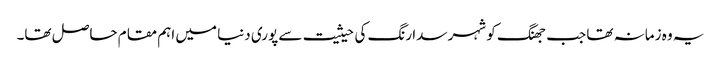
یہ وہ زمانہ تھا جب جھنگ کو شہر سدا رنگ کی حیثیت سے پوری دنیا میں اہم مقام حاصل تھا۔